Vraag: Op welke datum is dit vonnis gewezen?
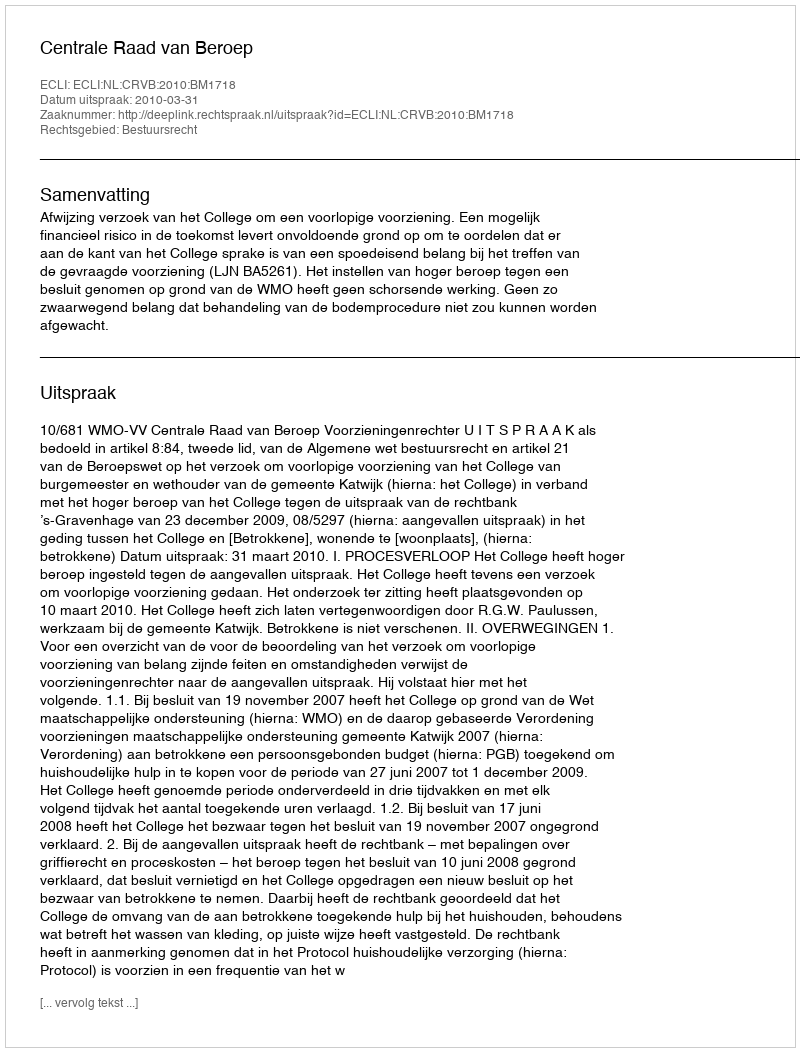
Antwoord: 2010-03-31